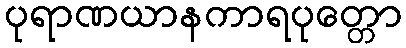
ပုရာဏယာနကာရပုတ္တော